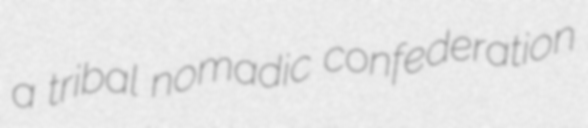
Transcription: a tribal nomadic confederation